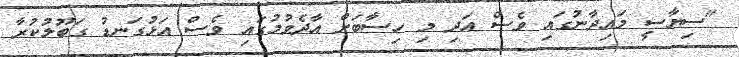
"ސިޔާސީ މައިދާނުގައި ވެސް އަދި މި ހިސާބަށް އާދެވުމުގައި ވެސް އަޅުގަނޑު ގަބޫލުކުރާ